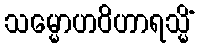
သမ္မောဟဝိဟာရသ္မိံ